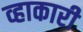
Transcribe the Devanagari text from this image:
व्हाकारी